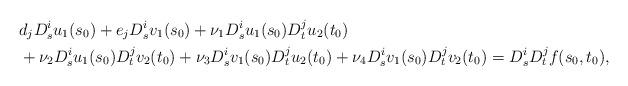
LaTeX: \begin{align*}& d_j D_s^i u_1(s_0) + e_j D_s^i v_1(s_0) + \nu_1 D_s^i u_1(s_0) D_t^j u_2(t_0) \\& + \nu_2 D_s^i u_1(s_0) D_t^j v_2(t_0) + \nu_3 D_s^i v_1(s_0) D_t^j u_2(t_0) + \nu_4 D_s^i v_1(s_0) D_t^j v_2(t_0) = D_s^i D_t^j f(s_0,t_0),\end{align*}